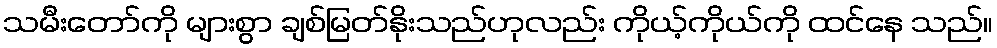
သမီးတော်ကို များစွာ ချစ်မြတ်နိုးသည်ဟုလည်း ကိုယ့်ကိုယ်ကို ထင်နေ သည်။